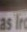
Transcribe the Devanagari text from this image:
सुस्नात